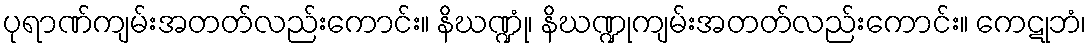
ပုရာဏ်ကျမ်းအတတ်လည်းကောင်း။ နိဃဏ္ဍုံ၊ နိဃဏ္ဍုကျမ်းအတတ်လည်းကောင်း။ ကေဋုဘံ၊